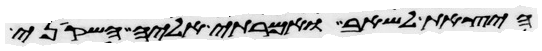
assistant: היצאת לשאב ואמרתי אליה השקיני